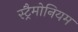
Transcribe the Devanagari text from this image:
स्ट्रैमोनियम